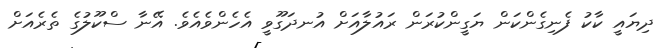
ދިޔައީ ކާކު ފެނިގެންކަން ޔަގީންކުރަން ރައުލާއަށް އުނދަގޫވީ އެހެންވެއެވެ. އޭނާ ސްކޫލުގެ ތެރެއަށް